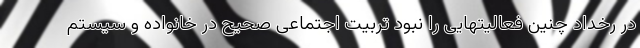
در رخداد چنین فعالیتهایی را نبود تربیت اجتماعی صحیح در خانواده و سیستم